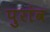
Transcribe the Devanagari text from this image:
पुरांव